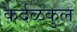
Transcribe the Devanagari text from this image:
कर्दळकुल